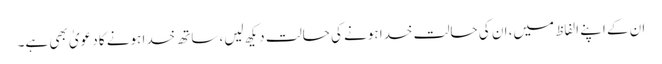
ان کے اپنے الفاظ میں، ان کی حالت خدا ہونے کی حالت دیکھ لیں، ساتھ خدا ہونے کا دعویٰ بھی ہے۔